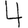
Digit: 4